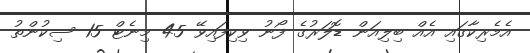
އެމެރިކާގައި އެއް ބިލިއަން ޑޮލަރުގެ ފޯނު ވިކިފައިވޭ 45 މިނެޓް 15 ސިކުންތު